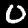
Digit: 0